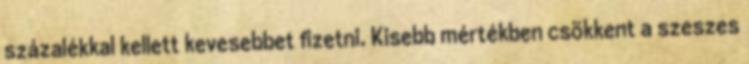
százalékkal kellett kevesebbet fizetni. Kisebb mértékben csökkent a szeszes